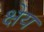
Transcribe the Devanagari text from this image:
क्षेय